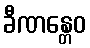
ခီဏန္တေဝ